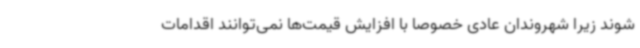
شوند زیرا شهروندان عادی خصوصا با افزایش قیمت‌ها نمی‌توانند اقدامات